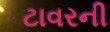
ટાવરની